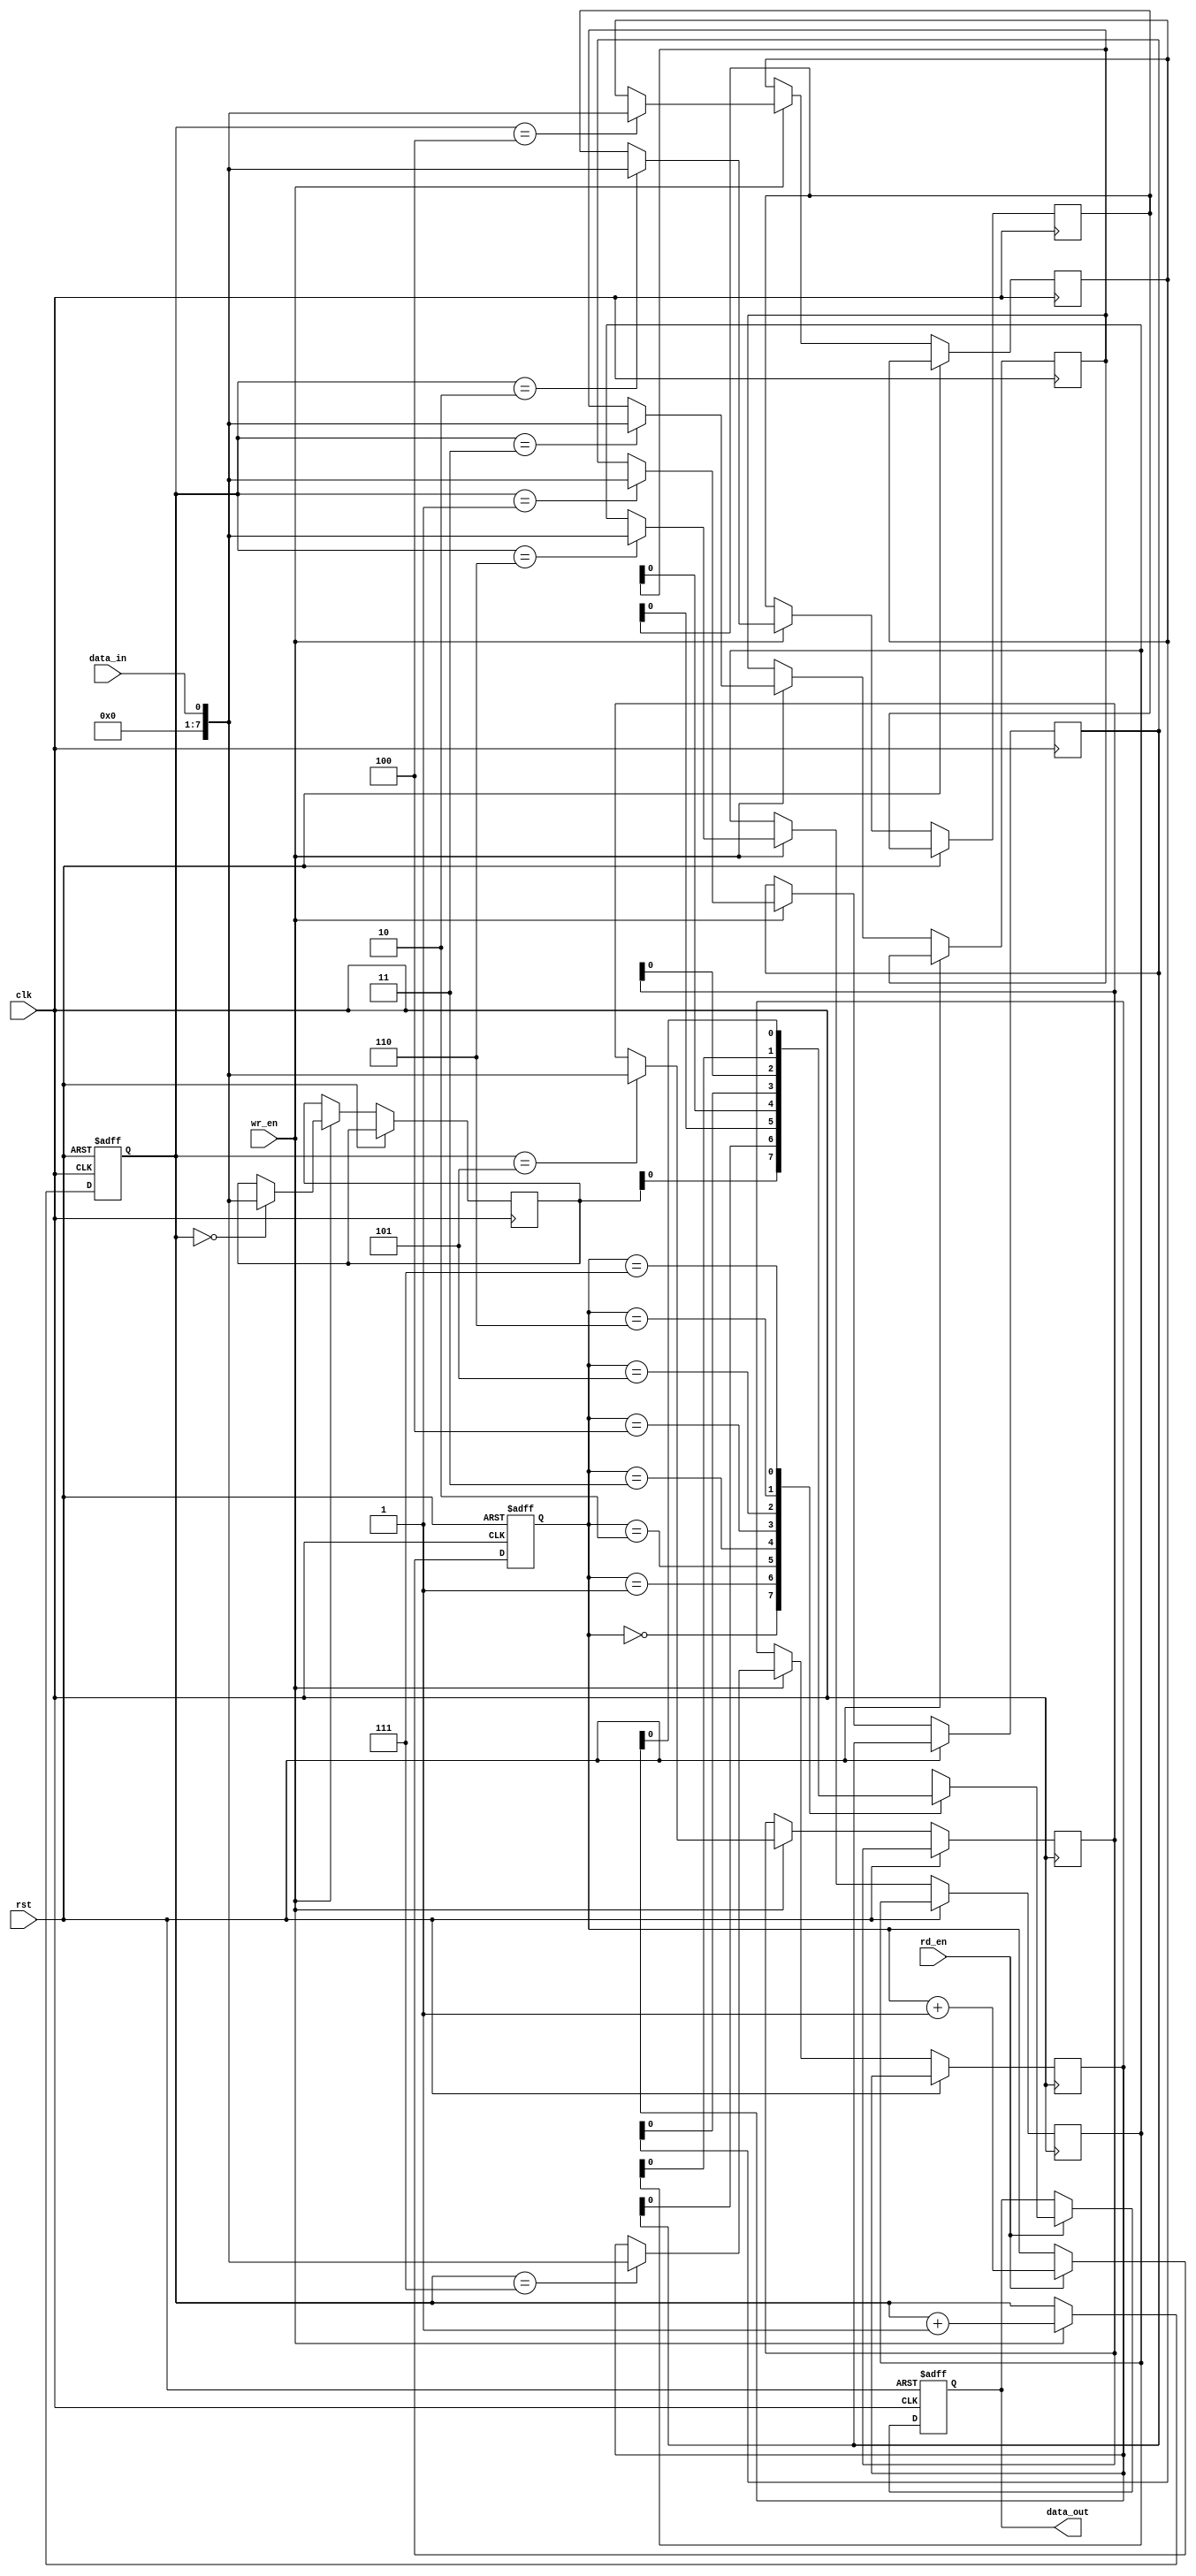
module synchronous_fifo (
    input wire clk,              // Clock signal
    input wire rst,              // Reset signal
    input wire wr_en,            // Write enable signal
    input wire rd_en,            // Read enable signal
    input wire data_in,          // Data input signal
    output reg data_out          // Data output signal
);

reg [7:0] buffer [0:7];         // FIFO buffer with 8 entries

reg [2:0] wr_ptr = 3'b000;      // Write pointer
reg [2:0] rd_ptr = 3'b000;      // Read pointer

always @(posedge clk or posedge rst) begin
    if (rst) begin
        wr_ptr <= 3'b000;
        rd_ptr <= 3'b000;
        data_out <= 8'b0;
    end else begin
        if (wr_en) begin
            buffer[wr_ptr] <= data_in;
            wr_ptr <= wr_ptr + 1;
        end
        
        if (rd_en) begin
            data_out <= buffer[rd_ptr];
            rd_ptr <= rd_ptr + 1;
        end
    end
end

endmodule